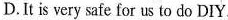
D.It is very safe for us to do DIY.